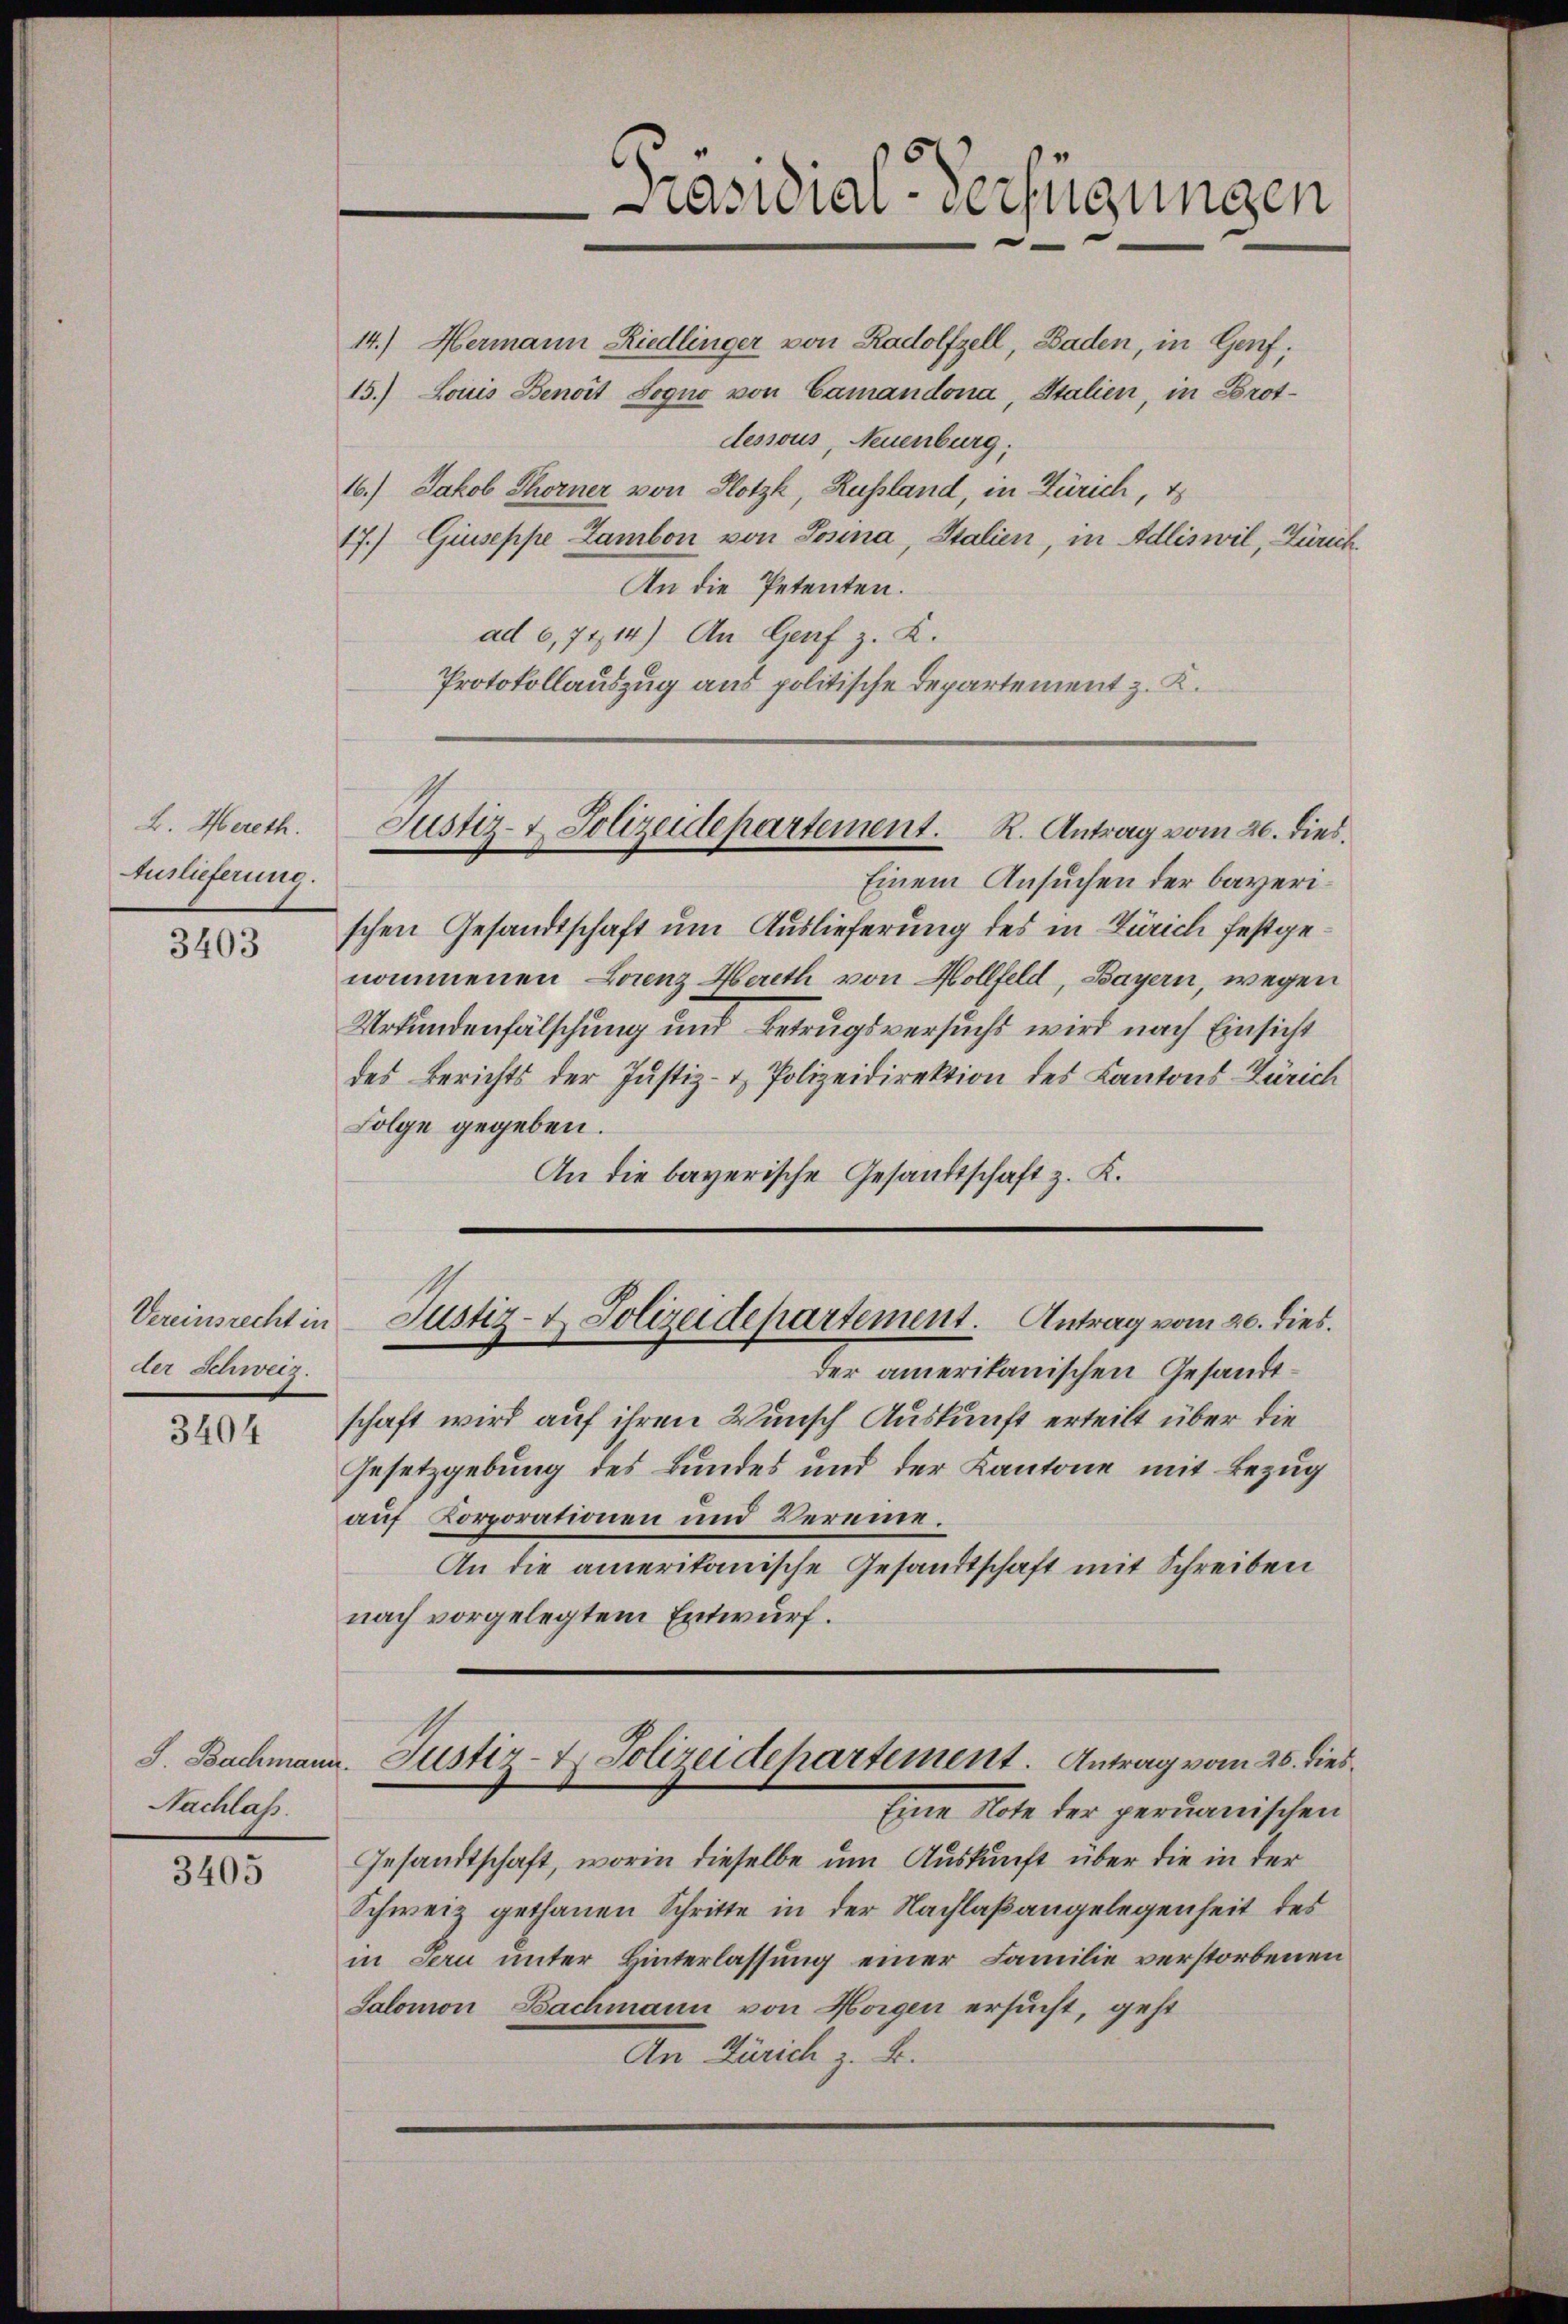
L. Mereth.
Auslieferung.
3403

der Schweiz.

Nachlaß.

3405

14.) Hermann Riedlinger von Radolfzell, Baden, in Genf;
15.) Louis Benoit Sogno von Camandona, Stalien, in Brotdessous, Neuenburg,
16.) Jakob Thorner von Hotzk, Russland, in Zürich, t
17.) Giuseppe Zambon von Josina, Stalien, in Adliswil, Zürich
An die Petenten.
ad 6,7414) An Genf z. K.
Protokollauszug aus politische Departement z. K.

Präsidial-Verfügungen

Einem Ansuchen der bayerischen Gesandtschaft um Auslieferung des in Zürich festgenommenen Laenz Hareth von Hollfeld, Bayern, wegen
Urkundenfälschung und Betrugsversucht wird nach Einsicht
des Berichts der Justiz- & Polizeidirektion des Kantons Zürich
Folge gegeben.
An die bayerische Gesandtschaft z. K.

Justiz- & Polizeidepartement. R. Antrag vom 20. dies.

Vereinsrecht in Justiz- & Polizeidepartement. Antrag vom 20. dies.

der amerikanischen Gesandtschaft wird auf ihren Wunsch Auskunft erteilt über die
Gesetzgebung des Bundes und der Kantone mit Bezug
auf Korporationen und Vereine.
An die amerikanische Gesandtschaft mit Schreiben
nach vorgelegtem Entwurf.

Gesandtschaft, worin dieselbe um Auskunft über die in der
Schweiz gethanen Schritte in der Nachlaßangelegenheit des
in Jeru unter Hinterlassung einer Familie verstorbenen
Salomon Bachmann von Horgen ersucht, geht
An Zürich z. B.

S. Bachmann. Justiz- & Polizeidepartement. Antrag vom 26. dies
Eine Note der gerinischen